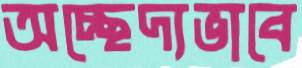
অচ্ছেদ্যভাবে